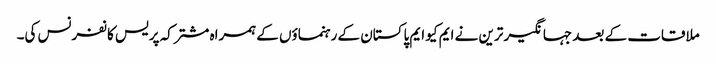
ملاقات کے بعد جہانگیر ترین نے ایم کیو ایم پاکستان کے رہنماؤں کے ہمراہ مشترکہ پریس کانفرنس کی۔